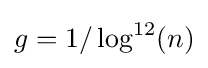
g=1/\log ^{12}(n)